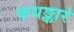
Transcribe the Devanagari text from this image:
कथङ्कारं